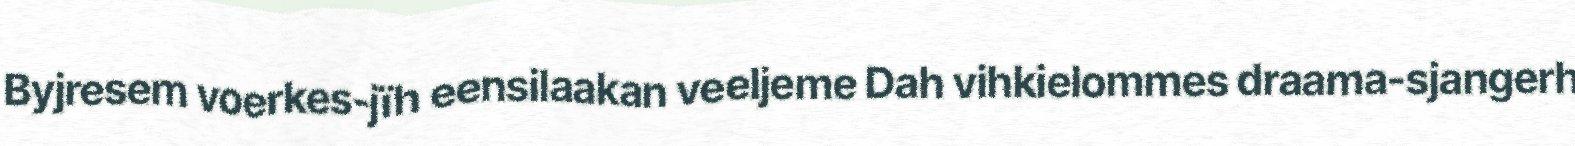
Byjresem voerkes-jïh eensilaakan veeljeme Dah vihkielommes draama-sjangerh